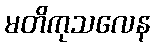
မတိကုသလေန